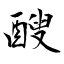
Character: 醙